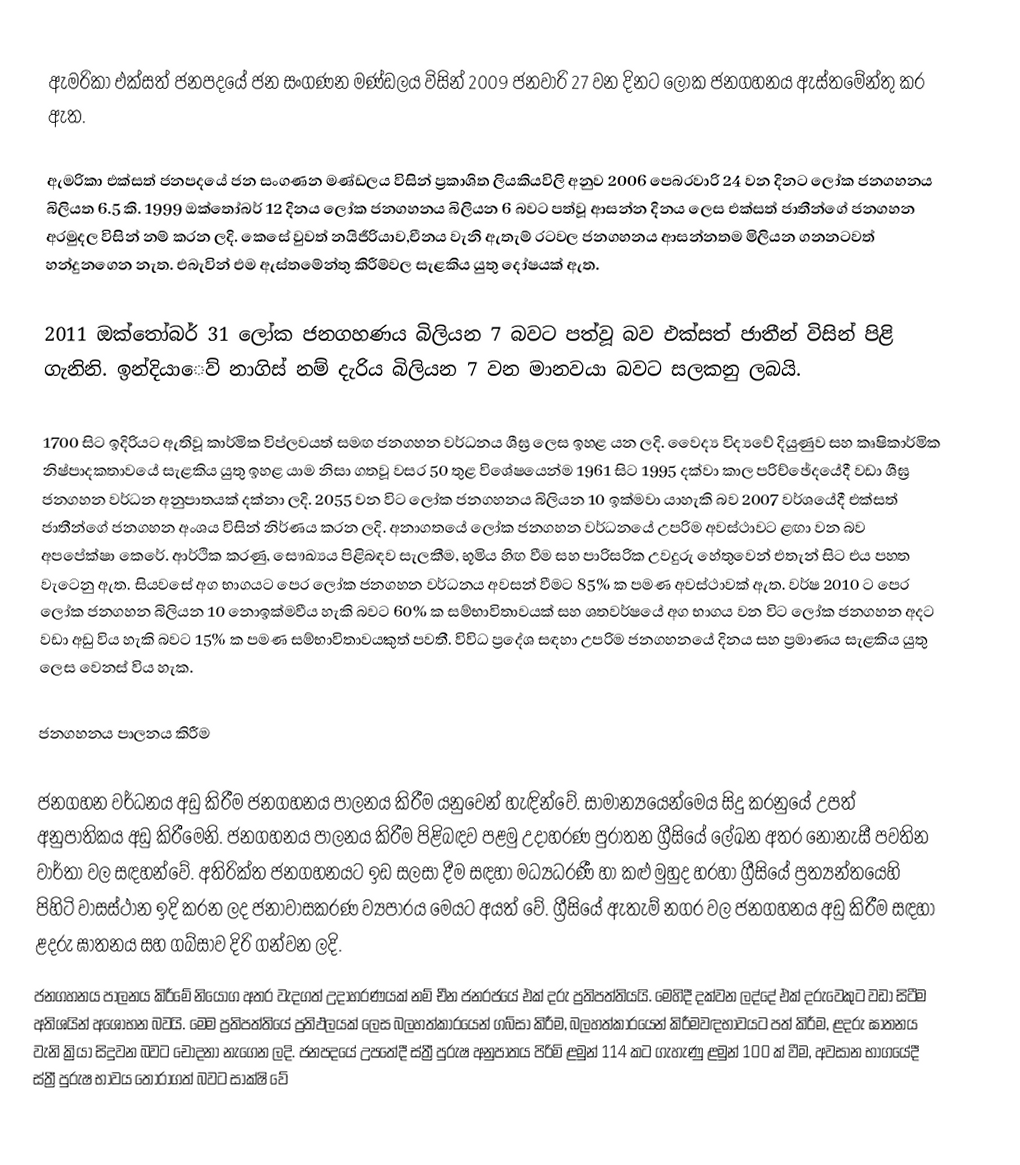
ඇමරිකා එක්සත් ජනපදයේ ජන සංගණන මණ්ඩලය විසින් 2009 ජනවාරි 27 වන දිනට ලෝක ජනගහනය ඇස්තමේන්තු කර ඇත.

ඇමරිකා එක්සත් ජනපදයේ ජන සංගණන මණ්ඩලය විසින් ප්‍රකාශිත ලියකියවිලි අනුව 2006 පෙබරවාරි 24 වන දිනට ලෝක ජනගහනය බිලියත 6.5 කි. 1999 ඔක්තෝබර් 12 දිනය ලෝක ජනගහනය බිලියන 6 බවට පත්වූ ආසන්න දිනය ලෙස එක්සත් ජාතීන්ගේ ජනගහන අරමුදල විසින් නම් කරන ලදි. කෙසේ වුවත් නයිජීරියාව,චීනය වැනි ඇතැම් රටවල ජනගහනය ආසන්නතම මිලියන ගනනටවත් හන්දුනගෙන නැත. එබැවින් එම ඇස්තමේන්තු කිරීම්වල සැළකිය යුතු දෝෂයක් ඇත.

2011 ඔක්තෝබර් 31 ලෝක ජනගහණය බිලියන 7 බවට පත්වූ බව එක්සත් ජාතීන් විසින් පිළි ගැනිනි. ඉන්දියාෙව් නාගිස් නම් දැරිය බිලියන 7 වන මානවයා බවට සලකනු ලබයි.

1700 සිට ඉදිරියට ඇතිවූ කාර්මික විප්ලවයත් සමඟ ජනගහන වර්ධනය ශීඝ්‍ර ලෙස ඉහළ යන ලදි. වෛද්‍ය විද්‍යවේ දියුණුව සහ කෘෂිකාර්මික නිෂ්පාදකතාවයේ සැළකිය යුතු ඉහළ යාම නිසා ගතවූ වසර 50 තුළ විශේෂයෙන්ම 1961 සිට 1995 දක්වා කාල පරිච්ඡේදයේදී වඩා ශීඝ්‍ර ජනගහන වර්ධන අනුපාතයක් දක්නා ලදි. 2055 වන විට ලෝක ජනගහනය බිලියන 10 ඉක්මවා යාහැකි බව 2007 වර්ශයේදී එක්සත් ජාතීන්ගේ ජනගහන අංශය විසින් නිර්ණය කරන ලදි. අනාගතයේ ලෝක ජනගහන වර්ධනයේ උපරිම අවස්ථාවට ළඟා වන බව අපපේක්ෂා කෙරේ. ආර්ථික කරණු, සෞඛ්‍යය පිළිබඳව සැලකීම, භූමිය හිඟ වීම සහ පාරිසරික උවදුරු හේතුවෙන් එතැන් සිට එය පහත වැටෙනු ඇත. සියවසේ අග භාගයට පෙර ලෝක ජනගහන වර්ධනය අවසන් වීමට 85% ක පමණ අවස්ථාවක් ඇත. වර්ෂ 2010 ට පෙර ලෝක ජනගහන බිලියන 10 නොඉක්මවීය හැකි බවට 60% ක සම්භාවිතාවයක් සහ ශතවර්ෂයේ අග භාගය වන විට ලෝක ජනගහන අදට වඩා අඩු විය හැකි බවට 15% ක පමණ සම්භාවිතාවයකුත් පවතී. විවිධ ප්‍රදේශ සඳහා උපරිම ජනගහනයේ දිනය සහ ප්‍රමාණය සැළකිය යුතු ලෙස වෙනස් විය හැක.

ජනගහනය පාලනය කිරීම

ජනගහන වර්ධනය අඩු කිරීම ජනගහනය පාලනය කිරීම යනුවෙන් හැඳින්වේ. සාමාන්‍යයෙන්මෙය සිදු කරනුයේ උපත් අනුපාතිකය අඩු කිරීමෙනි. ජනගහනය පාලනය කිරීම පිළිබඳව පළමු උදාහරණ පුරාතන ග්‍රීසියේ ලේඛන අතර නොනැසී පවතින වාර්තා වල සඳහන්වේ. අතිරික්ත ජනගහනයට ඉඩ සලසා දීම සඳහා මධ්‍යධරණී හා කළු මුහුද හරහා ග්‍රීසියේ ප්‍රත්‍යන්තයෙහි පිහිටි වාසස්ථාන ඉදි කරන ලද ජනාවාසකරණ ව්‍යපාරය මෙයට අයත් වේ. ග්‍රීසියේ ඇතැම් නගර වල ජනගහනය අඩු කිරීම සඳහා ළදරු ඝාතනය සහ ගබ්සාව දිරි ගන්වන ලදි.
ජනගහනය පාලනය කිරීමේ නියෝග අතර වැදගත් උදාහරණයක් නම් චීන ජනරජයේ එක් දරු ප්‍රතිපත්තියයි. මෙහිදී දක්වන ලද්දේ එක් දරුවෙකුට වඩා සිටීම අතිශයින් අශෝභන බවයි. මෙම ප්‍රතිපත්තියේ ප්‍රතිඵලයක් ලෙස බලහත්කාරයෙන් ගබ්සා කිරීම, බලහත්කාරයෙන් කිරීමවඳභාවයට පත් කිරීම, ළදරු ඝාතනය වැනි ක්‍රියා සිදුවන බවට චෝදනා නැගෙන ලදි. ජනපදයේ උපතේදී ස්ත්‍රී පුරුෂ අනුපාතය පිරිමි ළමුන් 114 කට ගැහැණු ළමුන් 100 ක් වීම, අවසාන භාගයේදී ස්ත්‍රී පුරුෂ භාවය තෝරාගත් බවට සාක්ෂි වේ